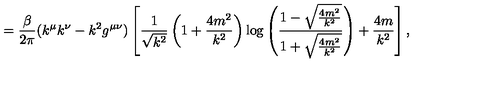
= \frac { \beta } { 2 \pi } ( k ^ { \mu } k ^ { \nu } - k ^ { 2 } g ^ { \mu \nu } ) \left[ \frac { 1 } { \sqrt { k ^ { 2 } } } \left( 1 + \frac { 4 m ^ { 2 } } { k ^ { 2 } } \right) \log \left( \frac { 1 - \sqrt { \frac { 4 m ^ { 2 } } { k ^ { 2 } } } } { 1 + \sqrt { \frac { 4 m ^ { 2 } } { k ^ { 2 } } } } \right) + \frac { 4 m } { k ^ { 2 } } \right] ,